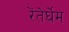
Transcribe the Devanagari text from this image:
रेंतेर्घेम